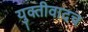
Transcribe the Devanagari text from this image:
युक्तीवादच